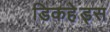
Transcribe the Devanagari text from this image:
डिकहे़ड्स